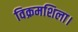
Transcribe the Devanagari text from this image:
विक्रमशिला।